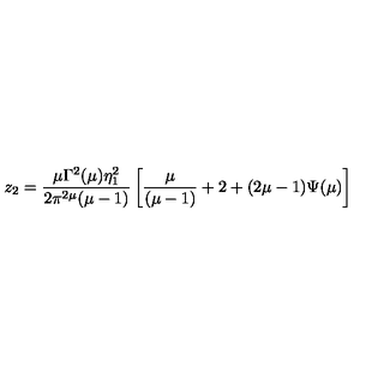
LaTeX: z _ { 2 } = \frac { \mu \Gamma ^ { 2 } ( \mu ) \eta _ { 1 } ^ { 2 } } { 2 \pi ^ { 2 \mu } ( \mu - 1 ) } \left[ \frac { \mu } { ( \mu - 1 ) } + 2 + ( 2 \mu - 1 ) \Psi ( \mu ) \right]